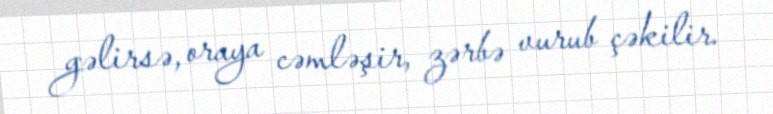
gəlirsə, oraya cəmləşir, zərbə vurub çəkilir.